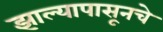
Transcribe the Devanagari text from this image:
झाल्यापासूनचे